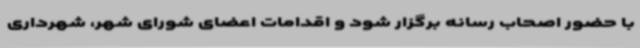
با حضور اصحاب رسانه برگزار شود و اقدامات اعضای شورای شهر، شهرداری